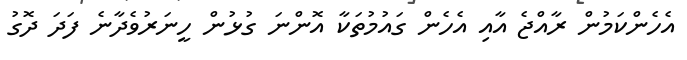
އެހެންކަމުން ރާއްޖެ އާއި އެހެން ގައުމުތަކާ އޮންނަ ގުޅުން ހީނަރުވެދާނެ ފަދަ ދޮގު